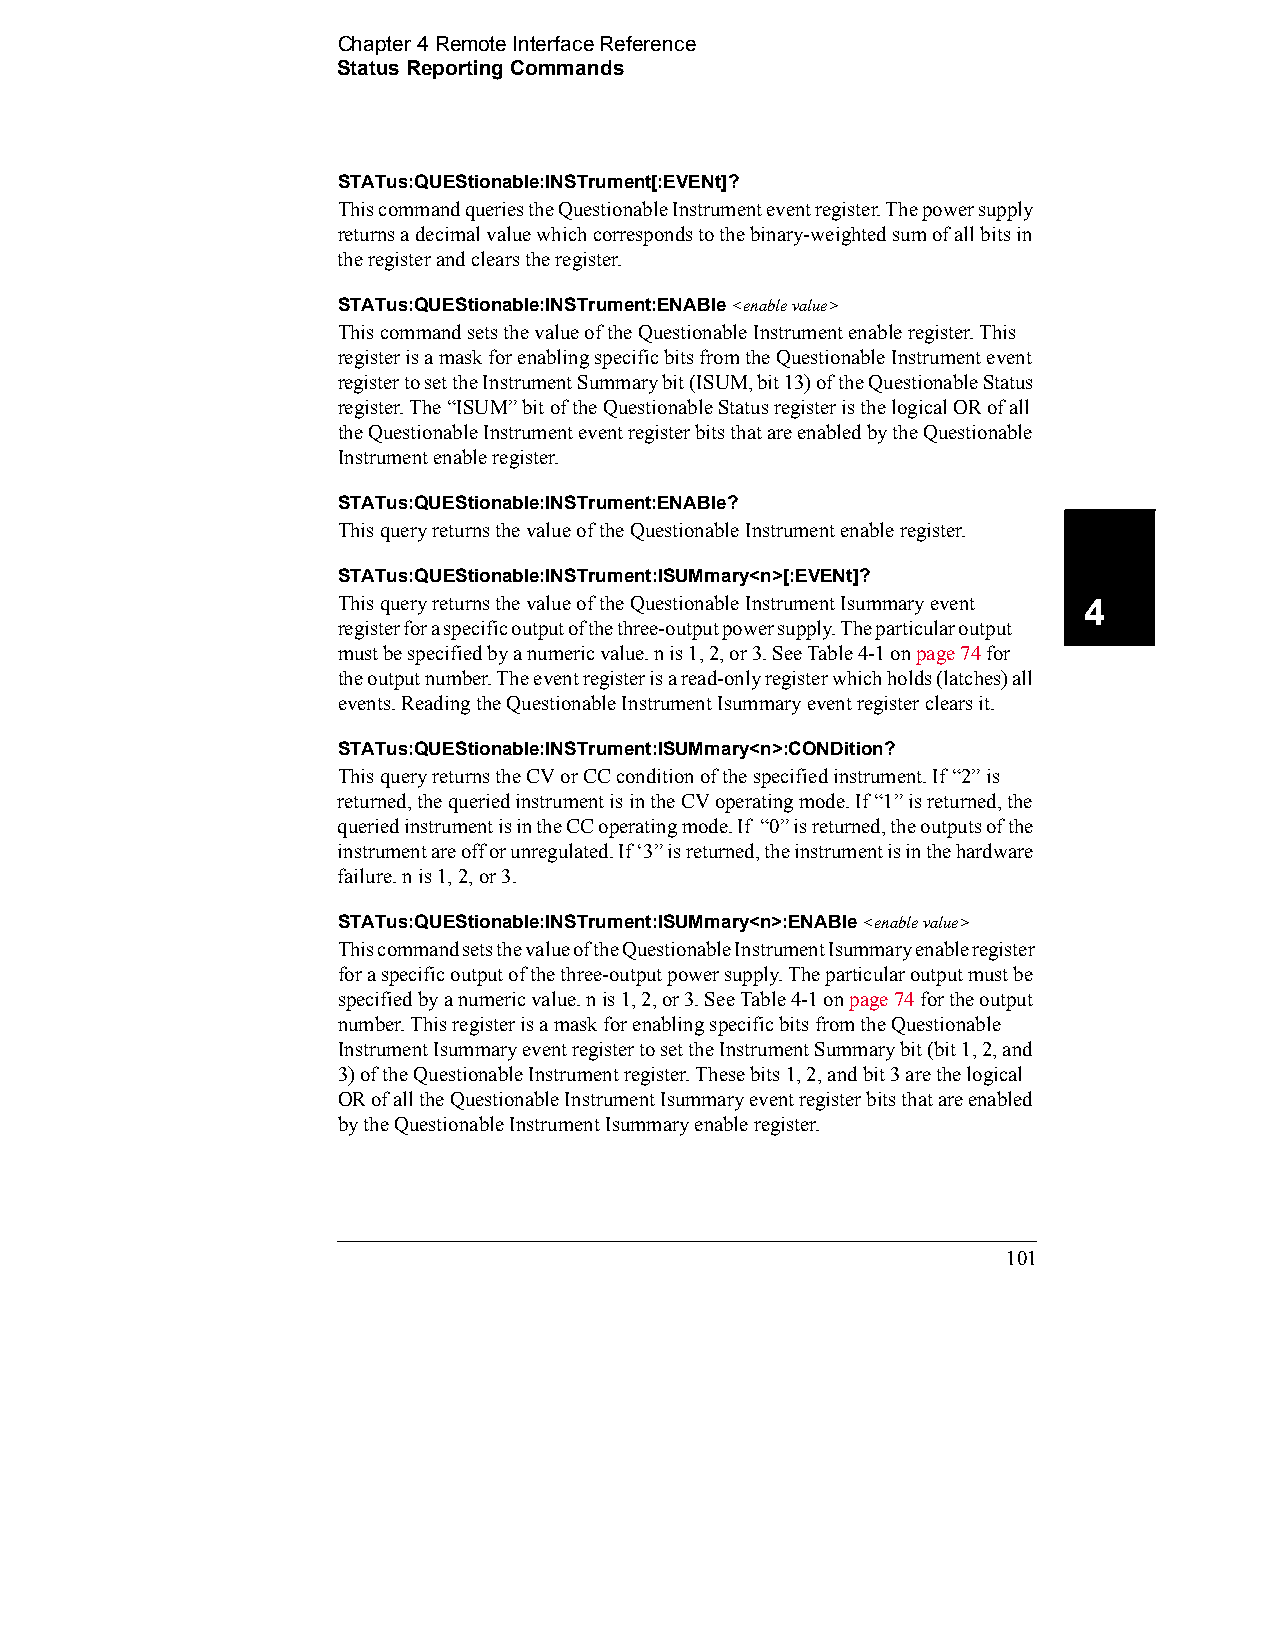
Chapter 4 Remote Interface Reference
 Status Reporting Commands
 STATus:QUEStionable:INSTrument[:EVENt]?
 This command queries the Questionable Instrument event register. The power supply
 returns a decimal value which corresponds to the binary-weighted sum of all bits in
 the register and clears the register.
 STATus:QUEStionable:INSTrument:ENABle <enable value>
 This command sets the value of the Questionable Instrument enable register. This
 register is a mask for enabling specific bits from the Questionable Instrument event
 register to set the Instrument Summary bit (ISUM, bit 13) of the Questionable Status
 register. The “ISUM” bit of the Questionable Status register is the logical OR of all
 the Questionable Instrument event register bits that are enabled by the Questionable
 Instrument enable register.
 STATus:QUEStionable:INSTrument:ENABle?
 This query returns the value of the Questionable Instrument enable register.
 STATus:QUEStionable:INSTrument:ISUMmary<n>[:EVENt]?
 This query returns the value of the Questionable Instrument Isummary event 4
 register for a specific output of the three-output power supply. The particular output
 must be specified by a numeric value. n is 1, 2, or 3. See Table 4-1 on page 74 for
 the output number. The event register is a read-only register which holds (latches) all
 events. Reading the Questionable Instrument Isummary event register clears it.
 STATus:QUEStionable:INSTrument:ISUMmary<n>:CONDition?
 This query returns the CV or CC condition of the specified instrument. If “2” is
 returned, the queried instrument is in the CV operating mode. If “1” is returned, the
 queried instrument is in the CC operating mode. If “0” is returned, the outputs of the
 instrument are off or unregulated. If ‘3” is returned, the instrument is in the hardware
 failure. n is 1, 2, or 3.
 STATus:QUEStionable:INSTrument:ISUMmary<n>:ENABle <enable value>
 This command sets the value of the Questionable Instrument Isummary enable register
 for a specific output of the three-output power supply. The particular output must be
 specified by a numeric value. n is 1, 2, or 3. See Table 4-1 on page 74 for the output
 number. This register is a mask for enabling specific bits from the Questionable
 Instrument Isummary event register to set the Instrument Summary bit (bit 1, 2, and
 3) of the Questionable Instrument register. These bits 1, 2, and bit 3 are the logical
 OR of all the Questionable Instrument Isummary event register bits that are enabled
 by the Questionable Instrument Isummary enable register.
 101